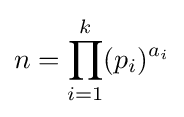
n=\prod _{i=1}^{k}(p_{i})^{a_{i}}